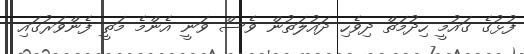
ފުޅުގެ ގައުމީ ހިދުމަތް ދިވެހި ދައުލަތުން ވެސް ވަނީ އެންމެ މަތީ ފެންވަރުގައި